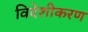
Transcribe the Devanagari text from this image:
विदेशीकरण